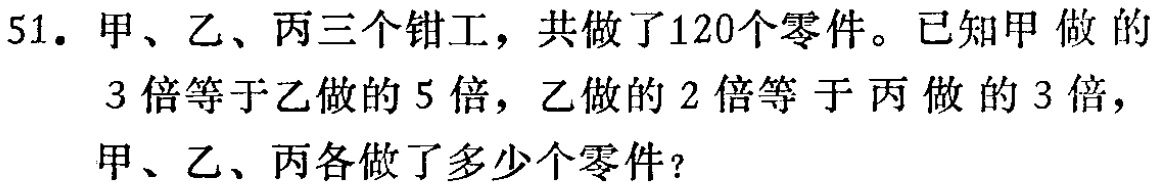
51. 甲、乙、丙三个钳工，共做了120个零件。已知甲做的3倍等于乙做的5倍，乙做的2倍等于丙做的3倍，甲、乙、丙各做了多少个零件？